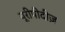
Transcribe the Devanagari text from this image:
यूरीपीदीज़